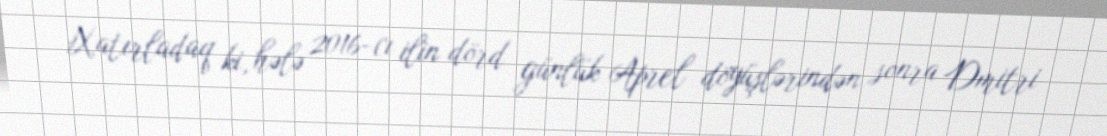
Xatırladaq ki, hələ 2016-cı ilin dörd günlük Aprel döyüşlərindən sonra Dmitri